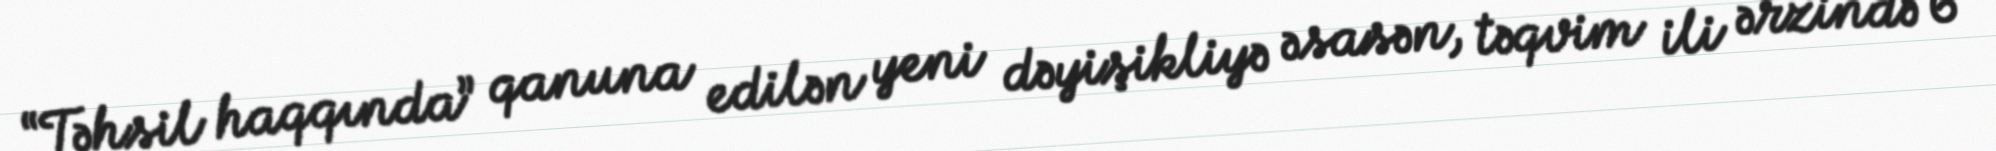
“Təhsil haqqında” qanuna edilən yeni dəyişikliyə əsasən, təqvim ili ərzində 6